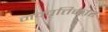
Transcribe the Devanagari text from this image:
नववृत्तिकार